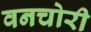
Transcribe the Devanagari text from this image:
वनचोरी